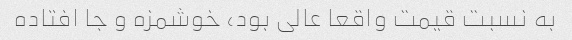
به نسبت قیمت واقعا عالی بود، خوشمزه و جا افتاده